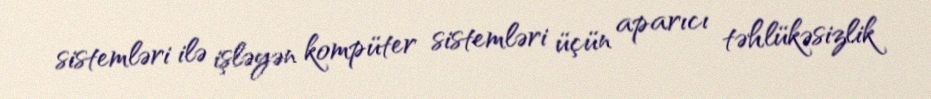
sistemləri ilə işləyən kompüter sistemləri üçün aparıcı təhlükəsizlik